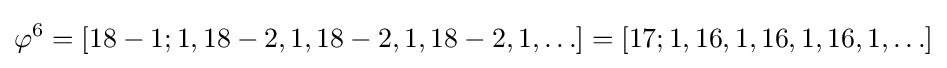
\varphi ^{6}=[18-1;1,18-2,1,18-2,1,18-2,1,\ldots ]=[17;1,16,1,16,1,16,1,\ldots ]